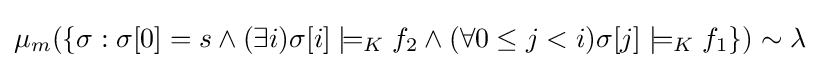
\mu _{m}(\{\sigma :\sigma [0]=s\land (\exists i)\sigma [i]\models _{K}f_{2}\land (\forall 0\leq j<i)\sigma [j]\models _{K}f_{1}\})\sim \lambda